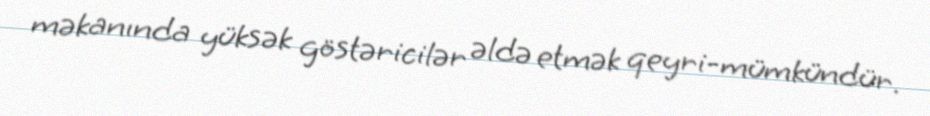
məkanında yüksək göstəricilər əldə etmək qeyri-mümkündür.